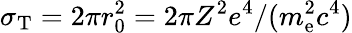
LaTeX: \sigma_{\mathrm{T}}=2\pi r_{0}^{2}=2\pi Z^{2}e^{4}/(m_{\mathrm{e}}^{2}c^{4})